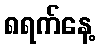
၈ရက်နေ့